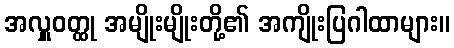
အလှူဝတ္ထု အမျိုးမျိုးတို့၏ အကျိုးပြဂါထာများ။